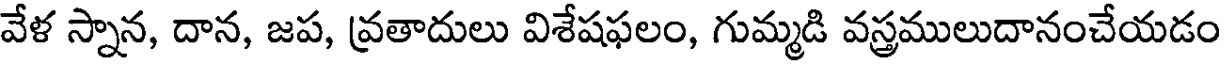
వేళ స్నాన, దాన, జప, వ్రతాదులు విశేషఫలం, గుమ్మడి వస్త్రములుదానంచేయడం